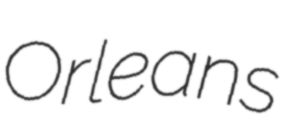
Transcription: Orleans